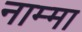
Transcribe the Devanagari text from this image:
नाम्मा